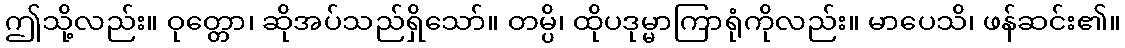
ဤသို့လည်း။ ဝုတ္တော၊ ဆိုအပ်သည်ရှိသော်။ တမ္ပိ၊ ထိုပဒုမ္မာကြာရုံကိုလည်း။ မာပေသိ၊ ဖန်ဆင်း၏။